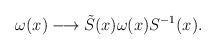
LaTeX: \begin{align*}\omega(x) \longrightarrow \tilde{S}(x) \omega(x) S^{-1}(x).\end{align*}